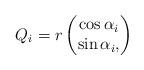
LaTeX: \begin{align*} Q_{i}=r\begin{pmatrix} \cos{\alpha_{i}} \\ \sin{\alpha_{i}}, \end{pmatrix} \end{align*}